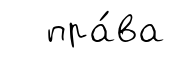
пра́ва